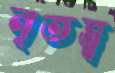
নৃতত্ত্ব